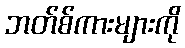
ဘတ်စ်ကားများကို